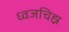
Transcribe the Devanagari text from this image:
ध्वजचिह्न